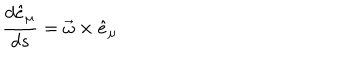
\frac { d \hat { e } _ { \mu } } { d s } = \vec { \omega } \times \hat { e } _ { \mu }